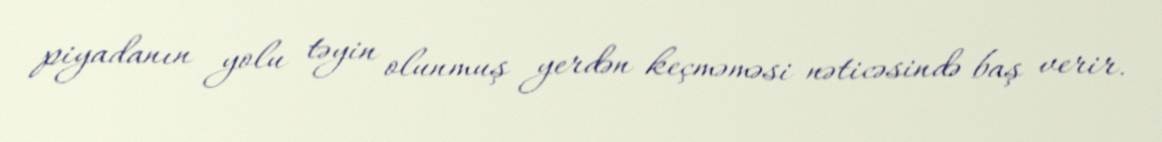
piyadanın yolu təyin olunmuş yerdən keçməməsi nəticəsində baş verir.